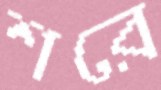
শরে